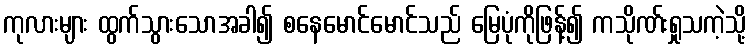
ကုလားများ ထွက်သွားသောအခါ၍ စနေမောင်မောင်သည် မြေပုံကိုဖြန့်၍ ကသိုဏ်းရှုသကဲ့သို့